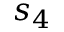
s _ { 4 }